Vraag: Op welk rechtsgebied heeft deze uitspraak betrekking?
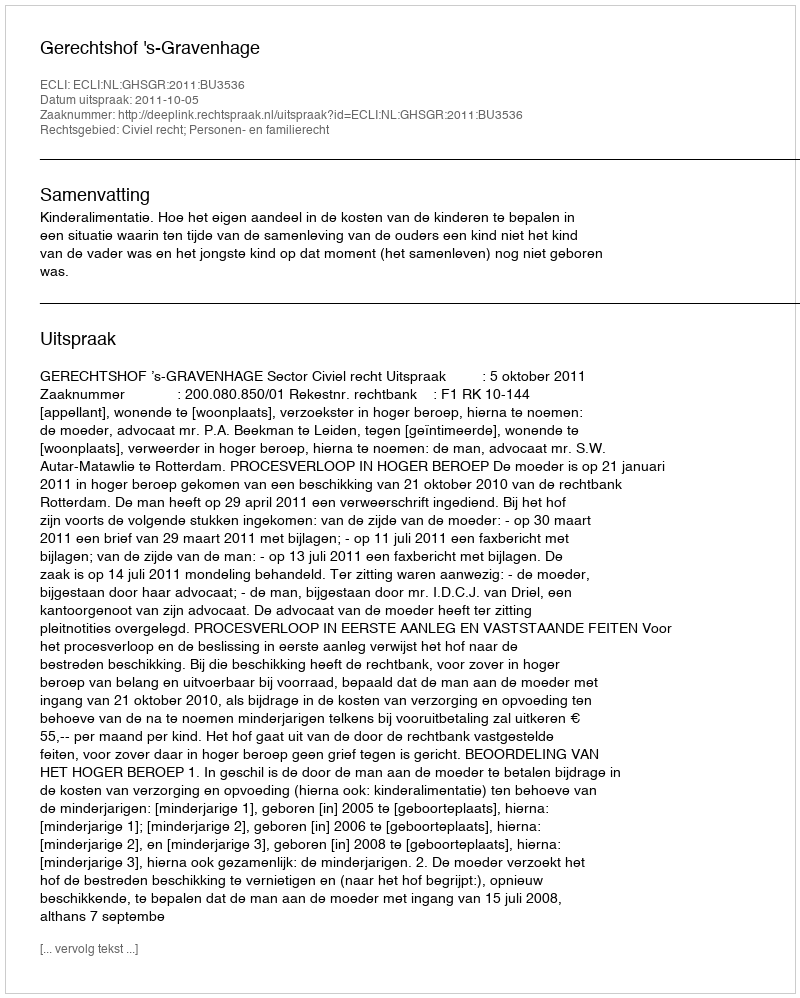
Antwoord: Civiel recht; Personen- en familierecht